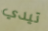
تيدي